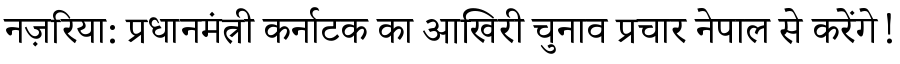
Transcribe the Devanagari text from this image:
नज़रिया: प्रधानमंत्री कर्नाटक का आखिरी चुनाव प्रचार नेपाल से करेंगे!